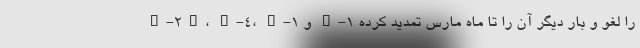
H-۲B، H-۴، L-۱ و J-۱ را لغو و بار دیگر آن را تا ماه مارس تمدید کرده